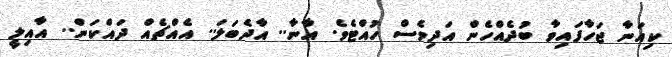
ކިއަނާ ޖަހާފައިވާ ބުދެއްހެން އަދިވެސް ހުއްޓެވެ. އާނާ.. އާދެބަލަ.. އެއްޗެއް ދައްކަން.. އާއިލީ